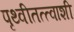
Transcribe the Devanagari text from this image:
पृथ्वीतत्त्वाशी